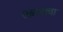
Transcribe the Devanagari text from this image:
रक्तरसाचा